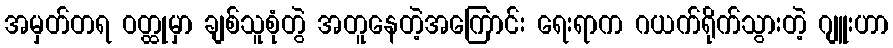
အမှတ်တရ ဝတ္ထုမှာ ချစ်သူစုံတွဲ အတူနေတဲ့အကြောင်း ရေးရာက ဂယက်ရိုက်သွားတဲ့ ဂျူးဟာ